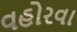
વહોરવા